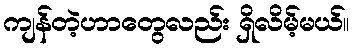
ကျန်တဲ့ဟာတွေလည်း ရှိလိမ့်မယ်။